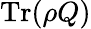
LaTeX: \operatorname{Tr}(\rho Q)